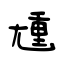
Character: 尰